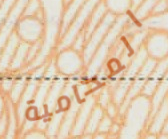
المحامية